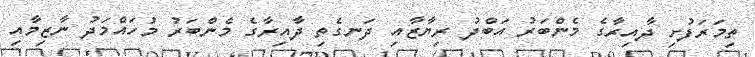
ތިމަރަފުށި ދާއިރާގެ މެންބަރު އަބްދު ރިޔާޒާއި ދަނގެތި ދާއިރާގެ މެންބަރު މުހައްމަދު ނާޒިމާއި